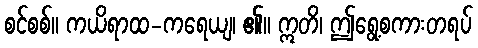
စင်စစ်။ ကယိရာထ-ကရေယျ၊ ၏။ ဣတိ၊ ဤရွေ့စကားတရပ်